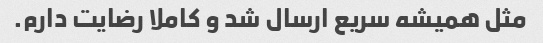
مثل همیشه سریع ارسال شد و کاملا رضایت دارم.